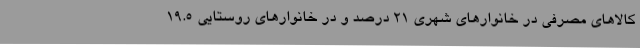
کالاهای مصرفی در خانوارهای شهری 21 درصد و در خانوارهای روستایی 19.5